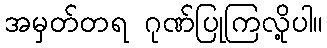
အမှတ်တရ ဂုဏ်ပြုကြလို့ပါ။